Scottish Leaving Certificate Examination, 1952
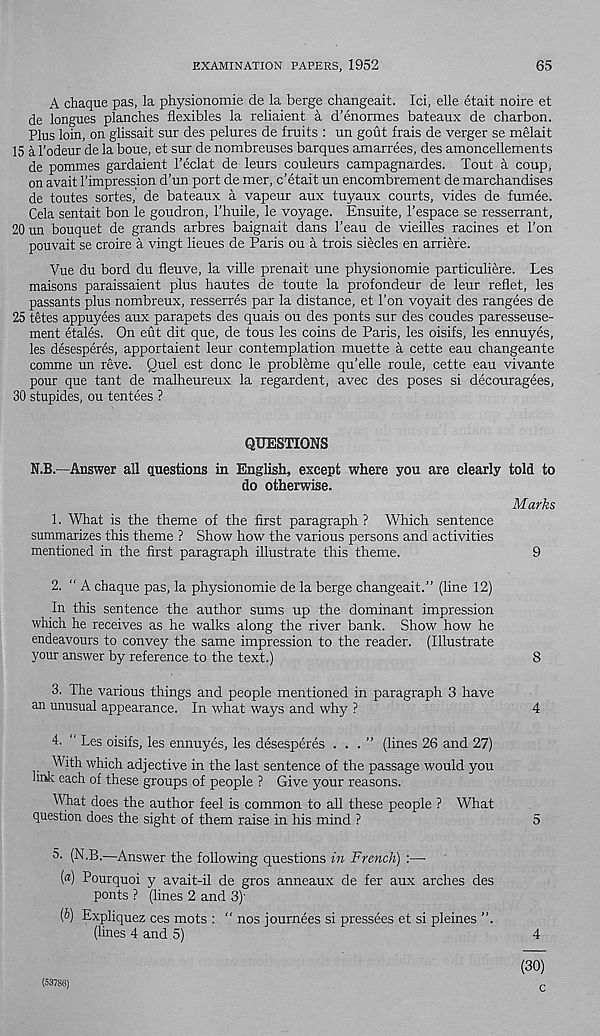
EXAMINATION PAPERS, 1952
65
A chaque pas, la physionomie de la berge changeait. Ici, elle etait noire et
de longues planches flexibles la reliaient a d’enormes bateaux de charbon.
Plus loin, on glissait sur des pelures de fruits : un gout frais de verger se melait
15 a 1’odeur de la boue, et sur de nombreuses barques amarrees, des amoncellements
de pommes gardaient I’eclat de leurs couleurs campagnardes. Tout a coup,
on avait Timpression d’un port de mer, c’etait un encombrement de marchandises
de toutes sortes, de bateaux a vapeur aux tuyaux courts, vides de fumee.
Cela sentait bon le goudron, 1’huile, le voyage. Ensuite, 1’espace se resserrant,
20 un bouquet de grands arbres baignait dans I’eau de vieilles racines et Ton
pouvait se croire a vingt lieues de Paris ou a trois siecles en arrieie.
Vue du bord du fleuve, la ville prenait une physionomie particuliere. Les
maisons paraissaient plus hautes de toute la profondeur de leur reflet, les
passants plus nombreux, resserres par la distance, et Ton voyait des rangees de
25 tetes appuyees aux parapets des quais ou des ponts sur des coudes paresseuse-
ment etales. On eut dit que, de tons les coins de Paris, les oisifs, les ennuyes,
les desesperes, apportaient leur contemplation muette a cette eau changeante
comme un reve. Quel est done le probleme qu’elle roule, cette eau vivante
pour que tant de malheureux la regardent, avec des poses si decouragees,
30 stupides, ou tentees ?
QUESTIONS
N.B.—Answer all questions in English, except where you are clearly
do otherwise.
1. What is the theme of the first paragraph ? Which sentence
summarizes this theme ? Show how the various persons and activities
mentioned in the first paragraph illustrate this theme.
2. “ A chaque pas, la physionomie de la berge changeait.” (line 12)
In this sentence the author sums up the dominant impression
which he receives as he walks along the river bank. Show how he
endeavours to convey the same impression to the reader. (Illustrate
your answer by reference to the text.)
8
3. The various things and people mentioned in paragraph 3 have
an unusual appearance. In what ways and why ?
4
4. “ Les oisifs, les ennuyes, les desesperes ...” (lines 26 and 27)
With which adjective in the last sentence of the passage would you
Imk each of these groups of people ? Give your reasons.
What does the author feel is common to all these people ? What
question does the sight of them raise in his mind ?
5
5. (N.B.—Answer the following questions in French) :—
(«) Pourquoi y avait-il de gros anneaux de fer aux arches des
ponts ? (lines 2 and 3)'
(6) Expliquez ces mots : " nos journees si pressees et si pleines ”.
(lines 4 and 5)
told to
Marks
9
4